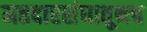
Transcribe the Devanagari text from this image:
मतदारसंघातूनच